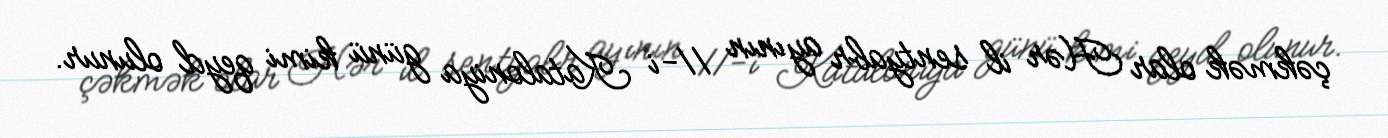
çəkmək olar Hər il sentyabr ayının 11-i Kataloniya günü kimi qeyd olunur.